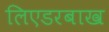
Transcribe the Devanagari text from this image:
लिएडरबाख